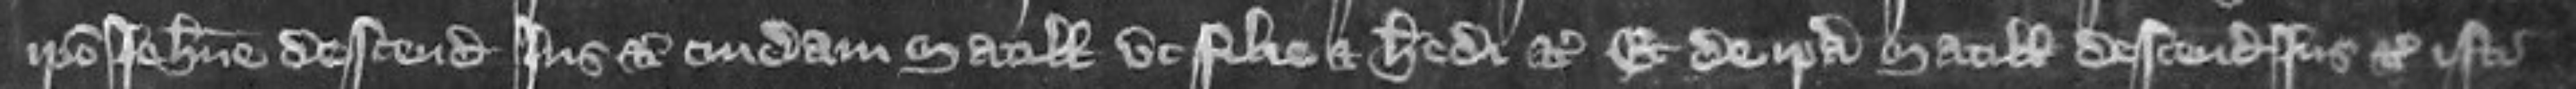
ipso Johanne descendit jus etc cuidam Matillidi ut filie et heredi etc Et de ipsa Matillidi descendit jus etc isti